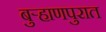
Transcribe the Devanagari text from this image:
बुर्‍हाणपुरात